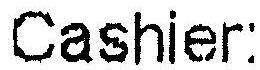
CASHIER: